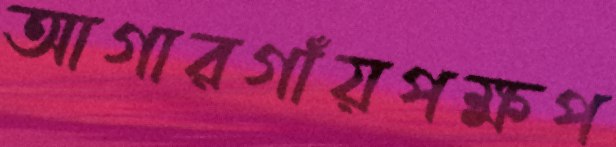
আগারগাঁয়পক্ষপ